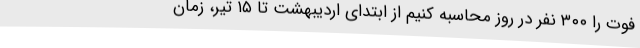
فوت را ۳۰۰ نفر در روز محاسبه کنیم از ابتدای اردیبهشت تا ۱۵ تیر، زمان